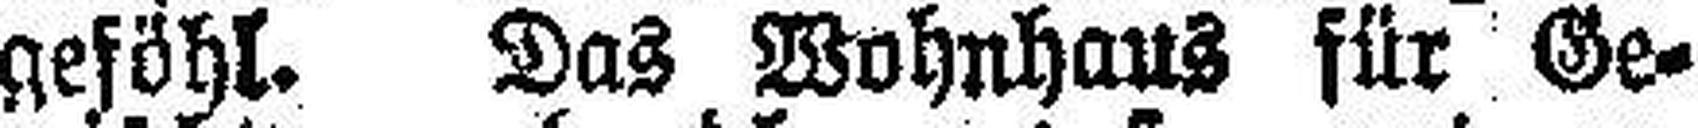
geföhl. Das Wohnhaus für Ge¬